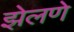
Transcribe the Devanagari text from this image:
झेलणे